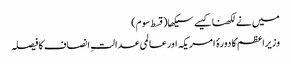
میں نے لکھنا کیسے سیکھا(قسط سوم)
وزیراعظم کا دورۂ امریکہ اورعالمی عدالتِ انصاف کا فیصلہ